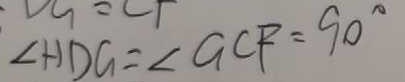
\angle H D G = \angle G C F = 9 0 ^ { \circ }